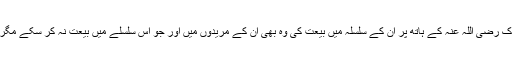
اِسی طرح جنہوں نے حضور غوثِ پاک رضی اللہ عنہ کے ہاتھ پر ان کے سلسلہ میں بیعت کی وہ بھی اُن کے مریدوں میں اور جو اس سلسلے میں بیعت نہ کر سکے مگر گردن جھکا لی وہ بھی مرید ہو گئے۔